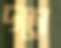
দড়ো